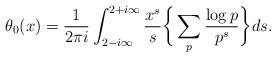
LaTeX: \begin{align*} \theta_0(x) = \frac{1}{2\pi i} \int_{2-i\infty}^{2+i\infty} \frac{x^s}{s} \bigg\{ \sum_p \frac{\log p}{p^s} \bigg\} ds.\end{align*}